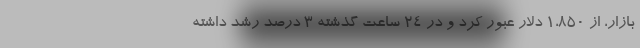
بازار، از ۱،۸۵۰ دلار عبور کرد و در ۲۴ ساعت گذشته ۳ درصد رشد داشته